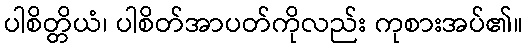
ပါစိတ္တိယံ၊ ပါစိတ်အာပတ်ကိုလည်း ကုစားအပ်၏။